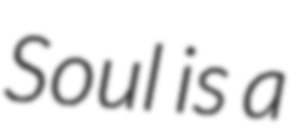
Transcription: Soul is a